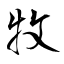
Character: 牧